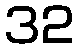
32